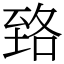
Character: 臵